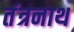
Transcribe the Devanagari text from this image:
तंंत्रनाथ